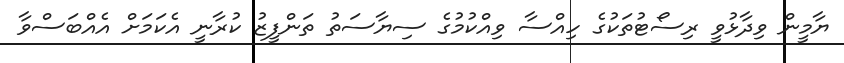
ޔާމީން ވިދާޅުވީ ރިސޯޓުތަކުގެ ހިއްސާ ވިއްކުމުގެ ސިޔާސަތު ތަންފީޒު ކުރާނީ އެކަމަށް އެއްބަސްވާ